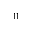
^ { 1 1 }